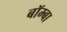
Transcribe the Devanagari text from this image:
बॉम्बा